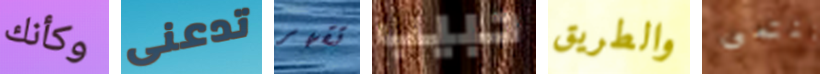
وكأنك تدعنى تقهر حبيب والطريق تنتمى